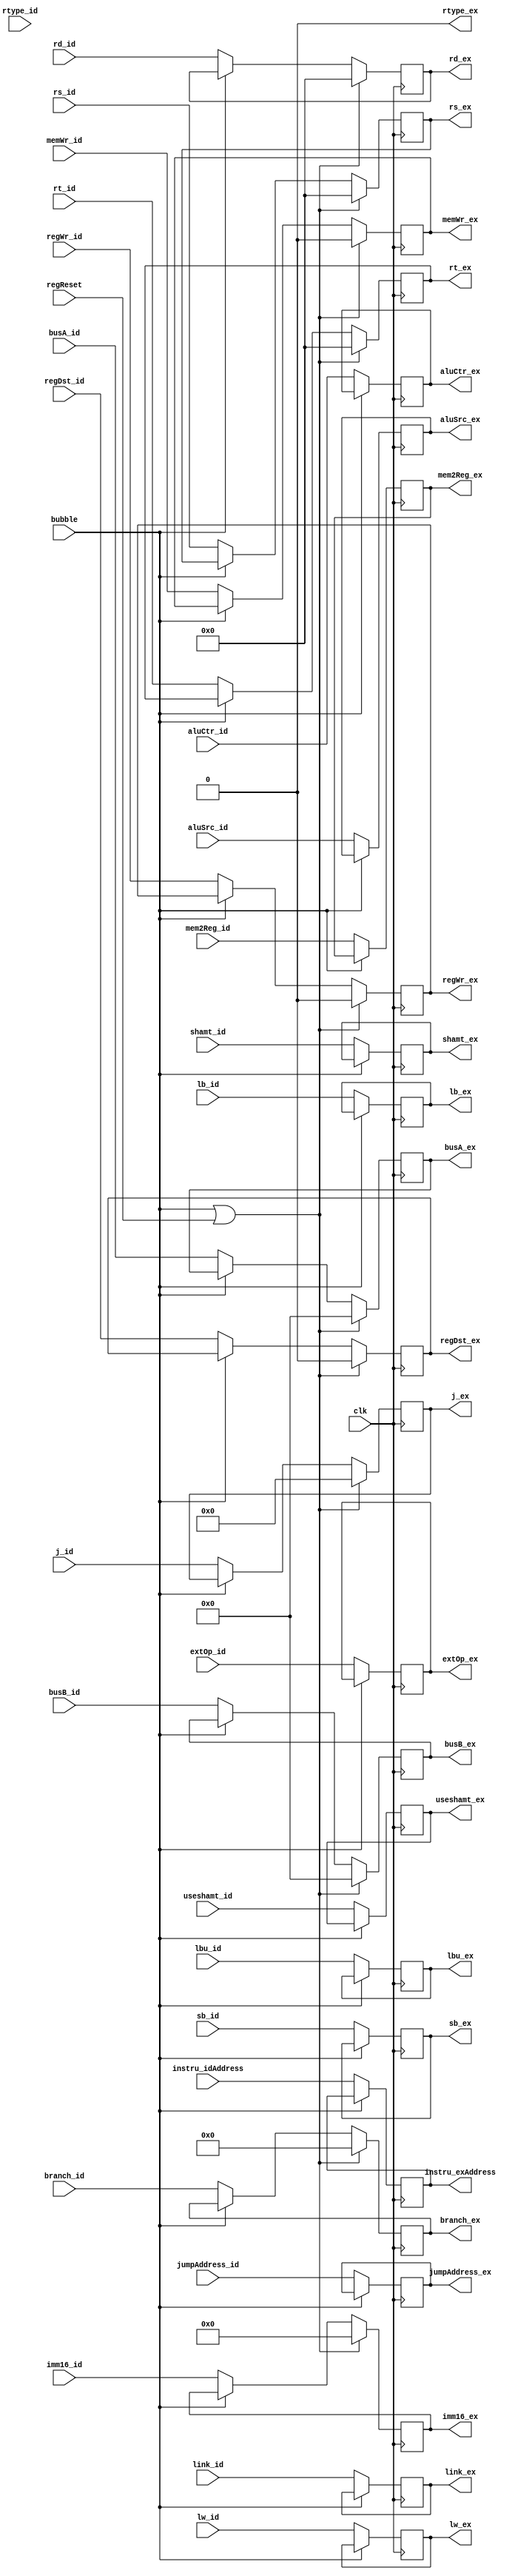
module IDEXReg_320(
    input   clk,                //
    input   regReset,
    input   bubble,              //

    //
    input[5:0]   branch_id,           
    input[3:0]   j_id,    
    input   regDst_id,           
    input   aluSrc_id,    
    input   link_id,
    input lw_id,
    input   lb_id,
    input   lbu_id,
    input   sb_id,
    input   useshamt_id,        
    input[4:0] aluCtr_id,           
    input   mem2Reg_id,             
    input   regWr_id,            
    input   memWr_id,            
    input   extOp_id,            
    input   rtype_id,          
    
    //     
    input[31:0]   busA_id,            //Reg[Rs]      
    input[31:0]   busB_id,            //Reg[Rt]
    input[4:0] shamt_id,   
    input[15:0]   imm16_id,           //imm16
    input[25:0]   jumpAddress_id,
    input[4:0]    rs_id, 
    input[4:0]    rt_id,              
    input[4:0]    rd_id,  
    input[31:0]   instru_idAddress,

    //
    output reg[5:0]  branch_ex,           
    output reg[3:0]  j_ex,    
    output reg  regDst_ex,           
    output reg  aluSrc_ex, 
    output reg  link_ex,
    output reg lw_ex,
    output reg  lb_ex,
    output reg  lbu_ex,
    output reg  sb_ex,
    output reg  useshamt_ex,  

    output reg[4:0]  aluCtr_ex,           
    output reg  mem2Reg_ex,             
    output reg  regWr_ex,            
    output reg  memWr_ex,            
    output reg  extOp_ex,            
    output reg  rtype_ex,           

    //  
    output reg[31:0]   busA_ex,            //Reg[Rs]      
    output reg[31:0]   busB_ex,            //Reg[Rt]    
    output reg[4:0]    shamt_ex,    
    output reg[15:0]   imm16_ex, 
    output reg[25:0]   jumpAddress_ex,    
    output reg[4:0]    rs_ex,             
    output reg[4:0]    rt_ex,              
    output reg[4:0]    rd_ex,
    output reg[31:0]   instru_exAddress           
);

    initial begin
        branch_ex=0;         
        j_ex=0;
        regDst_ex=0;          
        aluSrc_ex=0;         
        aluCtr_ex=0;           
        mem2Reg_ex=0;             
        regWr_ex=0;            
        memWr_ex=0;            
        extOp_ex=0;            
        rtype_ex=0;           

        //  
        busA_ex=0;           //Reg[Rs]      
        busB_ex=0;            //Reg[Rt]        
        imm16_ex=0; 
        jumpAddress_ex=0;                 
        rt_ex=0;   
        rd_ex=0;
        instru_exAddress=0;
    end
    always @(negedge clk) begin
        if(bubble==2'b00) begin
            // 
			branch_ex=branch_id;
			j_ex=j_id;
			regDst_ex=regDst_id;
			aluSrc_ex=aluSrc_id;
            link_ex = link_id;
            lw_ex=lw_id;
            lb_ex=lb_id;
            lbu_ex=lbu_id;
            sb_ex=sb_id;
            useshamt_ex=useshamt_id; 
			aluCtr_ex=aluCtr_id;
			mem2Reg_ex=mem2Reg_id;
			regWr_ex=regWr_id;
			memWr_ex=memWr_id;
			extOp_ex=extOp_id;
            lw_ex=lw_id;
			//rtype_ex=rtype_id;
            // 
			busA_ex=busA_id;
			busB_ex=busB_id;
			imm16_ex=imm16_id;
            shamt_ex=shamt_id;
            jumpAddress_ex=jumpAddress_id;
            rs_ex=rs_id;
			rt_ex=rt_id;
			rd_ex=rd_id;
            instru_exAddress=instru_idAddress;
        end
        if((bubble!=2'b00)||regReset) begin
			branch_ex=0;
			j_ex=0;
			regDst_ex=0;
			//aluSrc_ex=0;
			//aluCtr_ex=0;
			//mem2Reg_ex=0;
			regWr_ex=0;
			memWr_ex=0;
			//extOp_ex=0;
            //lw_ex=0;
			//rtype_ex=rtype_id;
            // 
			busA_ex=0;
			busB_ex=0;
			imm16_ex=0;
            rs_ex=0;
			rt_ex=0;
			rd_ex=0;
        end
    end 

endmodule